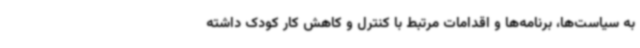
به سیاست‌ها، برنامه‌ها و اقدامات مرتبط با کنترل و کاهش کار کودک داشته